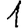
Digit: 1